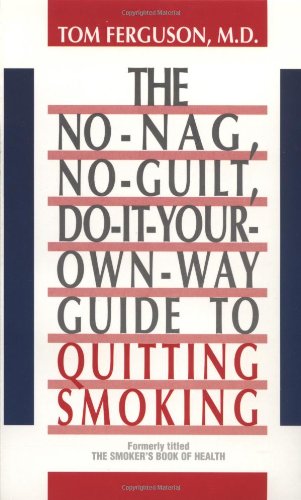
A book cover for No-Nag, No-Guilt, Do-It-Your-Own-Way Guide to Quitting Smoking; Tom Ferguson; Health, Fitness & Dieting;